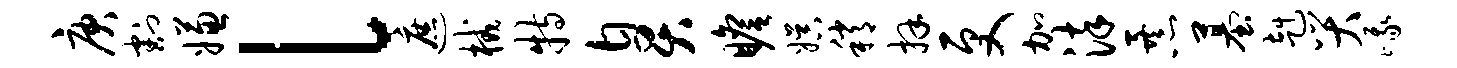
庚割嫌l遮械特臭瞻娱稍拜更加染暴墓赳哭峨